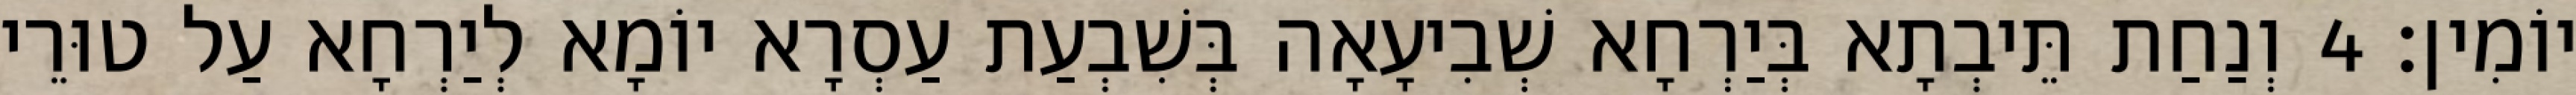
יוֹמִין׃ 4 וְנַחַת תֵּיבְתָא בְּיַרְחָא שְׁבִיעָאָה בְּשִׁבְעַת עַסְרָא יוֹמָא לְיַרְחָא עַל טוּרֵי